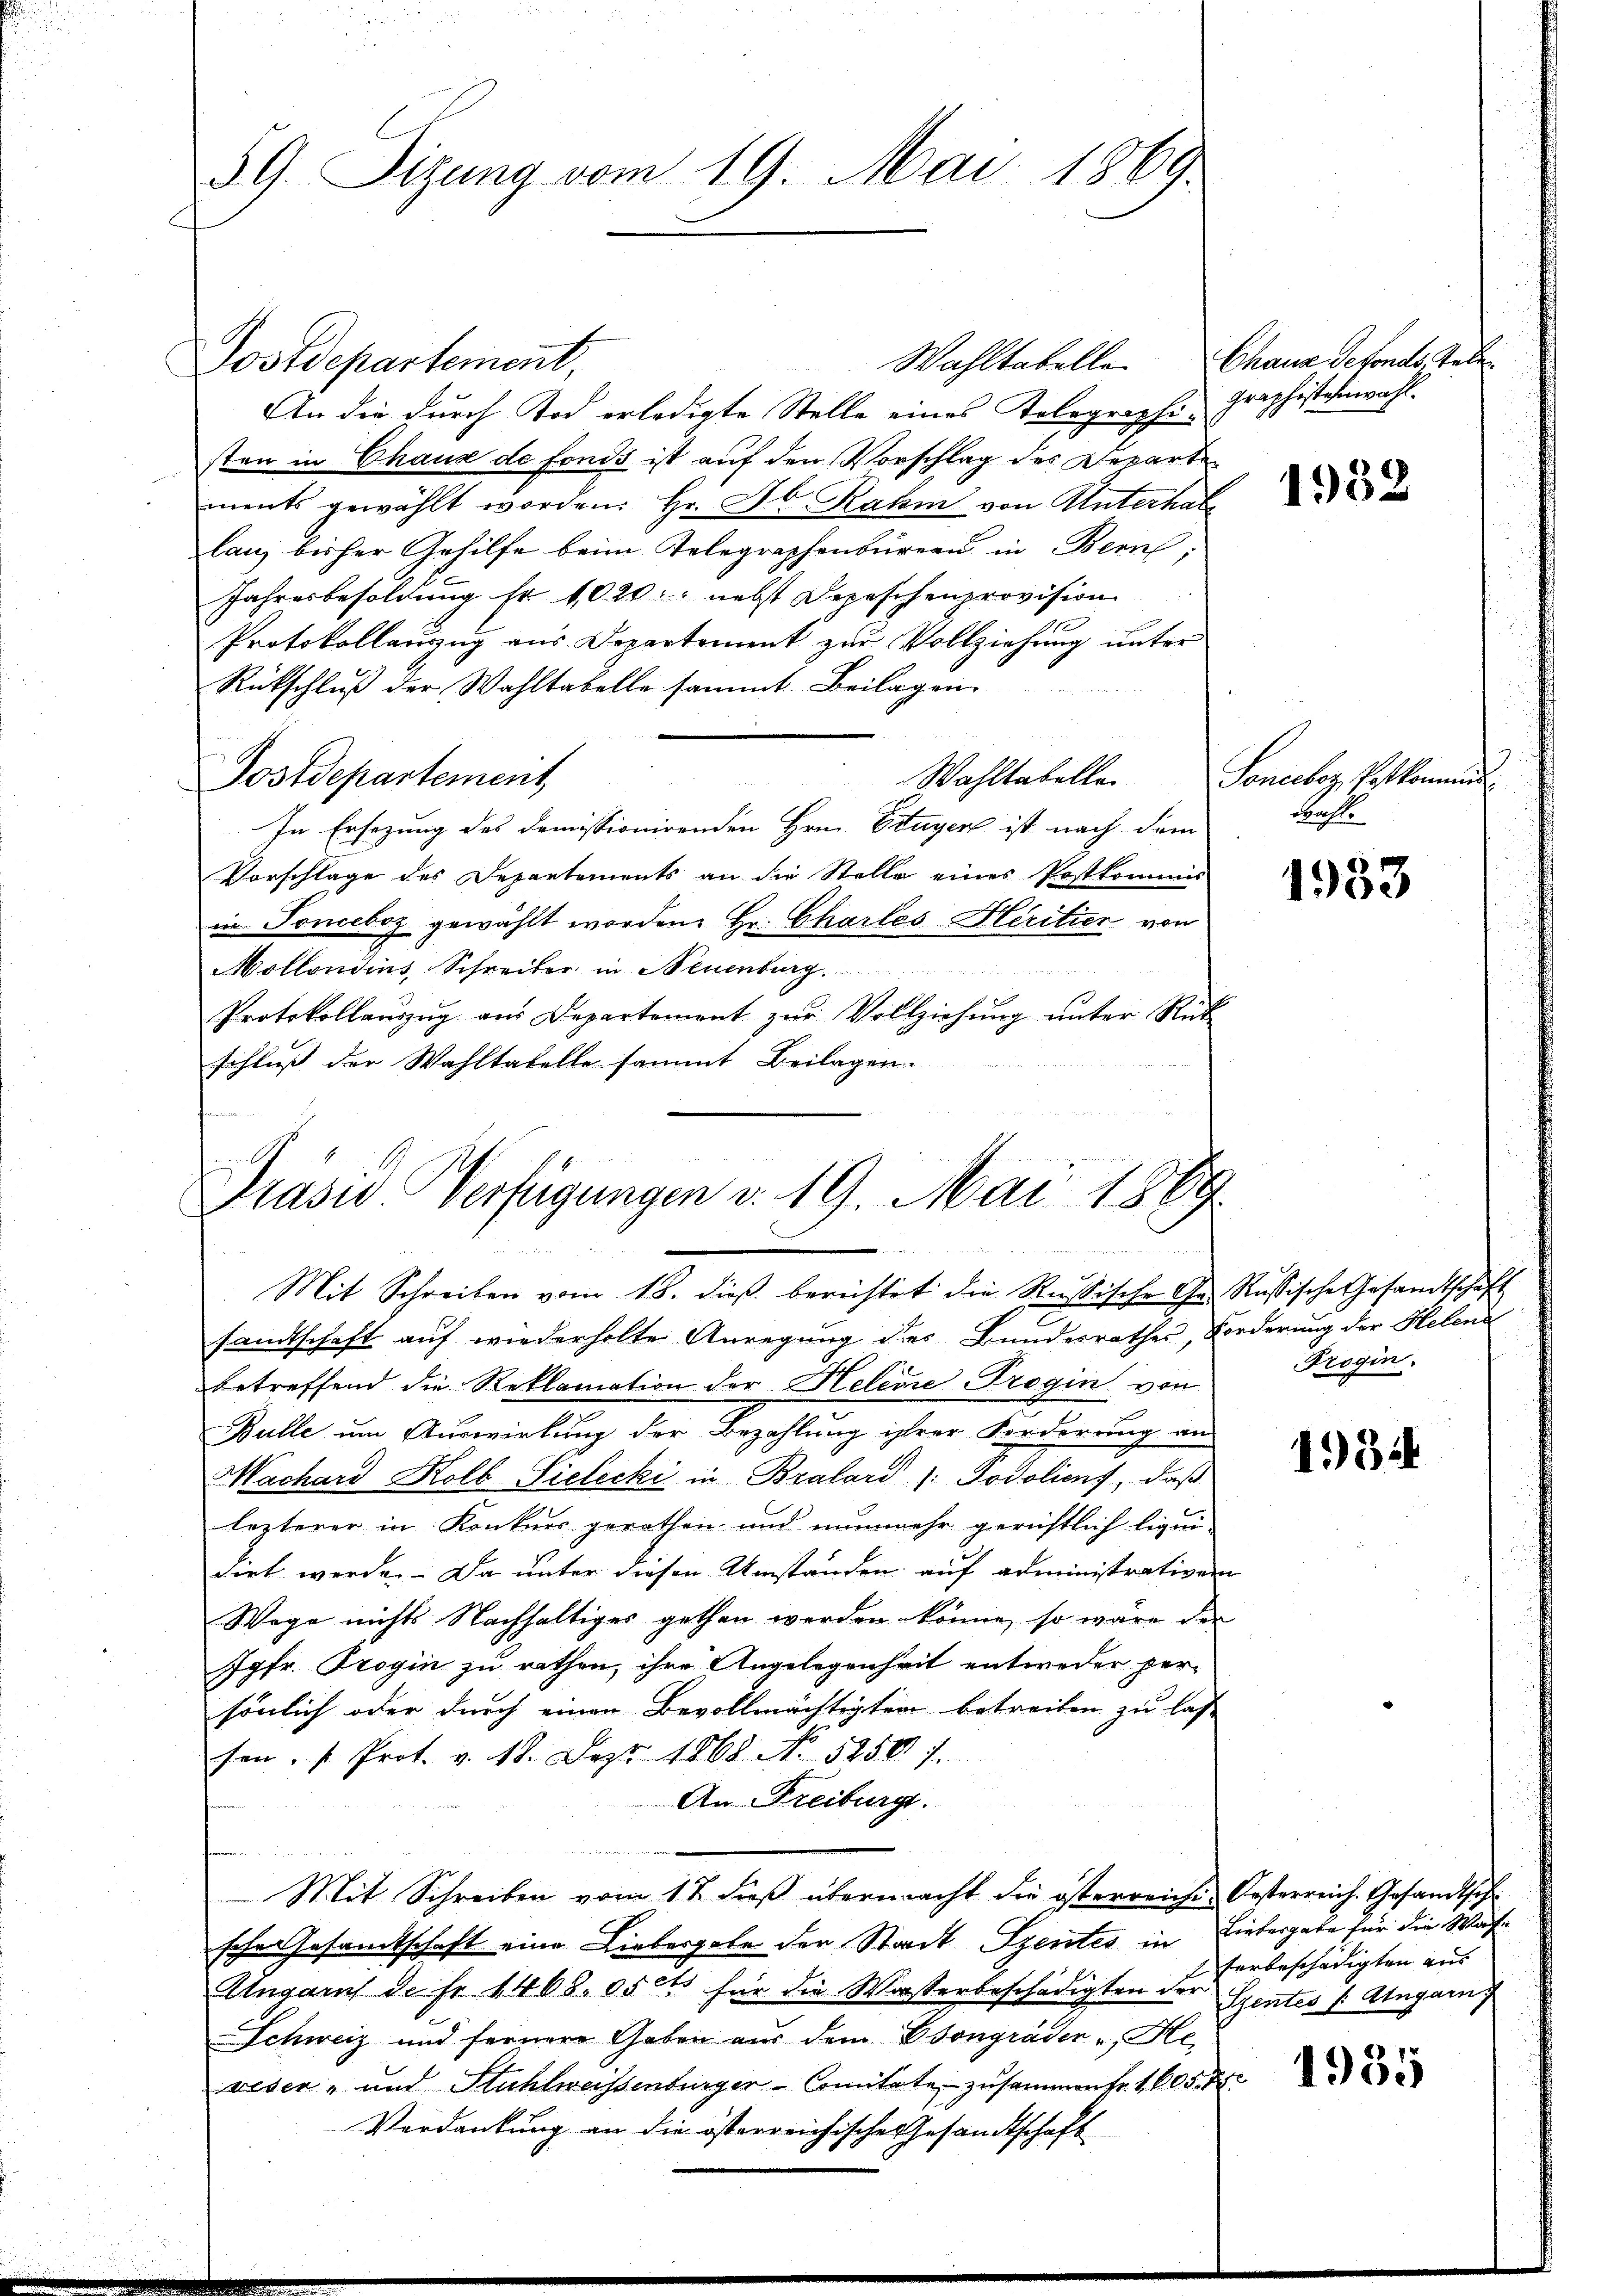
59. Sizung vom 19. Mai 1869.

Postdepartement,
An die durch Tod erledigte Stelle eines Telegraphi-
sten in Chaus de fonds ist auf den Vorschlag des Departe
ments gewählt worden. Hr. Jb. Rahm von Unterhabe
lang bisher Gehilfe beim Telegraphenbüreau in Bern;
Jahresbesoldung fr. 1020. nebst Depeschenprovision
Protokollauszug aus Departement zur Vollziehung unter
Rückschluß der Wahltabelle sammt Beilagen.
Postdepartement,
Wahltabelle
In Ersezung des domissionirenden Hrn. Etagen ist nach dem
Vorschlage des Departements an die Stelle eines Postkommis
in Tonceboz gewählt worden. Hr. Chartes Heritier von
Mollonsins, Schreiber in Neuenburg.
Protokollaŭszŭg aŭs Departement zŭr Vollziehŭng ŭnter Rück
schluß der Wahltabelle sammt Beilagen.
n

Präsid. Verfügungen v. 19. Mai 1889
Mit Schreiben vom 18. dieß berechtet die Rußische Ge- Russische Gesandtschaft

Wahltabelle. Chaus defonds, Täler
Graphistenwahl.

sandtschaft auf wiederholte Anregung des Bundesrathes, Forderung der Helend
betreffend die Reklamation der Helene Trogin von
Bulle um Auswirkung der Bezahlung ihrer Forderung an
Machard Kolb Sielecki in Bralard (: Podolienf, daß
lezterer in Konkurs gerathen und nunmehr gerichtlich liqui-
dirt werde. Da unter diesen Umständen auf administrativen
Wege nichts Nachhaltiges gethan werden könne, so wäre der
Jgfr. Trogin zu rathen, ihre Angelegenheit entweder persönlich oder durch einen Bevollmächtigten betreiten zu lass
fen. " Prot. v. 18. Dez. 1868 No 52507.
An Freiburg.
Mit Schreiben vom 12. dieß übermacht die österreiche Oesterreich. Gesandtsche
sche Gesamtschaft eine Liebergabe der Stadt Szentes in Liebergabe für die Wahn
Augart de fr. 1468. 05ct für die Wasserbeschädigten der Szentes /: Angarn
Schweiz und fernere Gaben aus dem Csongräder u. He
wisen, und Stuhlweissenburger-Comitate zusammen fr. 1805. 75
Verdankung an die österreichische Gesandtschaft

1952

Sonccoz, Pofkommend
wahl.

1933

Frogin.

1934

terbeschädigten aus |

1935